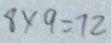
8 \times 9 = 7 2